Report of the King Institute of Preventive Medicine, Guindy
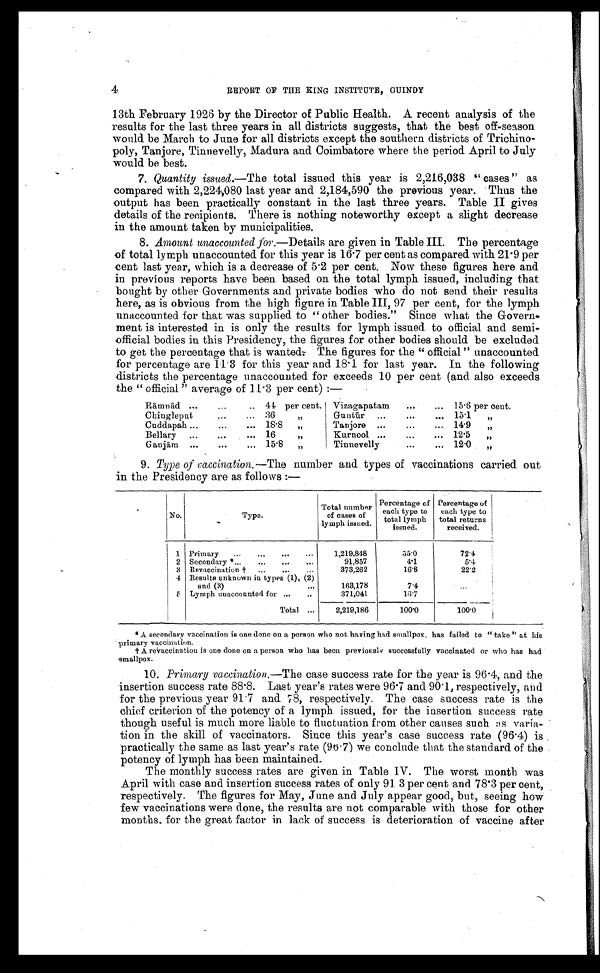
4
REPORT OF THE KING INSTITUTE, GUINDY
13th February 1926 by the Director of Public Health. A recent analysis of the
results for the last three years in all districts suggests, that the best off-season
would be March to June for all districts except the southern districts of Trichino-
poly, Tanjore, Tinnevelly, Madura and Coimbatore where the period April to July
would be best.
7. Quantity issued.— The total issued this year is 2,216,038 " cases " as
compared with 2,224,080 last year and 2,184,590 the previous year. Thus the
output has been practically constant in the last three years. Table II gives
details of the recipients. There is nothing noteworthy except a slight decrease
in the amount taken by municipalities.
8. Amount unaccounted for.—Details are given in Table III. The percentage
of total lymph unaccounted for this year is 16 . 7 per cent as compared with 21 . 9 per
cent last year, which is a decrease of 5.2 per cent. Now these figures here and
in previous reports have been based on the total lymph issued, including that
bought by other Governments and private bodies who do not send their results
here, as is obvious from the high figure in Table III, 97 per cent, for the lymph
unaccounted for that was supplied to "other bodies." Since what the Govern-
ment is interested in is only the results for lymph issued to official and semi-
official bodies in this Presidency, the figures for other bodies should be excluded
to get the percentage that is wanted. The figures for the " official " unaccounted
for percentage are 11.3 for this year and 18.1 for last year. In the following
districts the percentage unaccounted for exceeds 10 per cent (and also exceeds
t he " offi ci al " average of 11. 3 per cent ) : —
Ramnad ...
...
. . . 44 per cent. Vizagapatam
...
... 15 .6 per cent.
Chingleput
...
... 36
,,
Guntur ...
...
... 15 .1 „
Cuddapah...
...
... 18.8
,,
Tanjore . ....
. . .
14.9
„
Bellary ...
...
... 16
,,
Kurnool ...
...
... 12 .5 ,,
Ganjam ...
... ... 15 .8 ,,
Tinnevelly
...
... 12 .0 „
9. Type of vaccination.—The number and types of vaccinations carried out
in the Presidency are as follows :—
No.
Type.
Total number
of cases of
lymph issued.
Percentage of
each type to
total lymph
issued.
Percentage of
each type to
total returns
received.
1 Primary
...
...
...
...
1,219,848
55.0
72.4
2 Secondary ...
... ... ...
91,857
4.1
5.4
3 Revaccination
...
...
...
373,262
16.8
22.2
4 Results unknown in types (1), (2)
and (3)
...
163,178
7.4
. . .
5 Lymph unaccounted for ...
..
371,041
16.7
Total ...
2,219,186
100.0
100.0
*A secondary vaccination is one done on a person who not having had smallpox, has failed to " take " at his
primary vaccination.
A revaccination is one done on a person who has been previously successfully vaccinated or who has had
smallpox.
. 10. Primary vaccination.—The case success rate for the year is 96 .4, and the
insertion success rate 88 . 8. Last year's rates were 96 .7 and 90.1, respectively, and
for the previous year 91 . 7 and 78, respectively. The case success rate is the
chief criterion of the potency of a lymph issued, for the insertion success rate
though useful is much more liable to fluctuation from other causes such as varia-
tion in the skill of vaccinators. Since this year's case success rate (96.4) is
practically the same as last year's rate (96 . 7) we conclude that the standard of the
potency of lymph has been maintained.
The monthly success rates are given in Table IV. The worst month was
April with case and insertion success rates of only 91 3 per cent and 78.3 per cent,
respectively. The figures for May, June and July appear good, but, seeing how
few vaccinations were done, the results are not comparable with those for other
months. for the great factor in lack of success is deterioration of vaccine after